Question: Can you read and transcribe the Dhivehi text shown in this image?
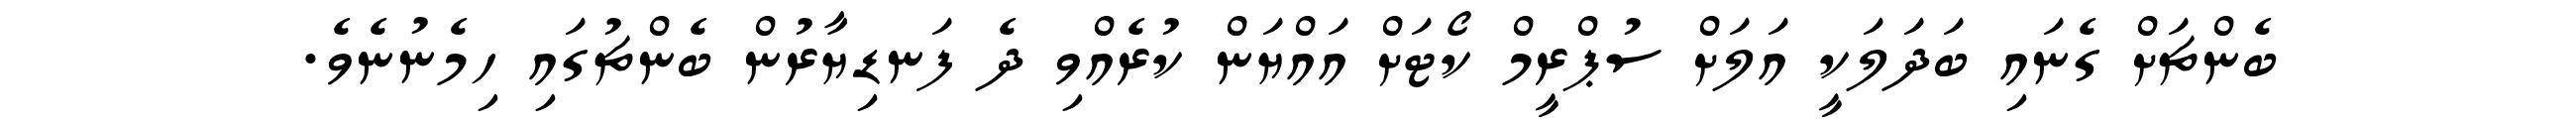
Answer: ބެންޗަށް ގެނައި ބަދަލަކީ އަލަށް ސުޕްރީމް ކޯޓަށް އައްޔަން ކުރެއްވި ދެ ފަނޑިޔާރުން ބެންޗުގައި ހިމެނުނެވެ.